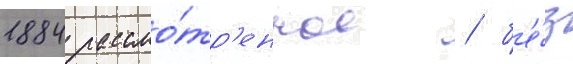
1884 рассмо́тр'енное / б'е́з